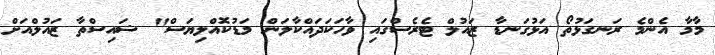
މާމާ އެންމެ ރަނގަޅުތޯ އަޅުގަނޑާ ޒައުލް ޓެރެސްގައި ވާހަކަދައްކާލަން މަޑުކޮއްލިޔަސް" ޝައިސްތާ ޒައުލްއަށް